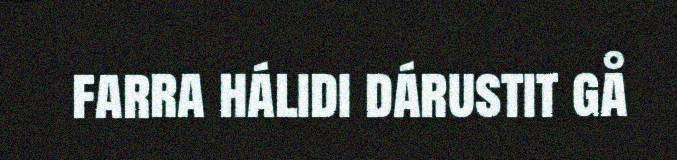
farra hálidi dárustit gå